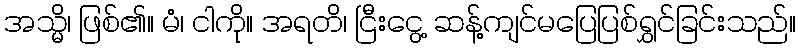
အသ္မိ၊ ဖြစ်၏။ မံ၊ ငါကို။ အရတိ၊ ငြီးငွေ့ ဆန့်ကျင်မပြေပြစ်ရွှင်ခြင်းသည်။